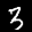
Label: 3